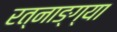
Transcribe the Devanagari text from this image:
रत्नाङ्ग्या